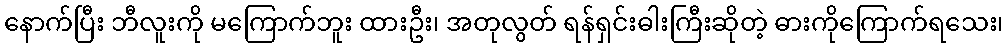
နောက်ပြီး ဘီလူးကို မကြောက်ဘူး ထားဦး၊ အတုလွတ် ရန်ရှင်းဓါးကြီးဆိုတဲ့ ဓားကိုကြောက်ရသေး၊